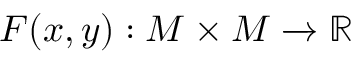
F ( x , y ) : M \times M \xrightarrow { } \mathbb { R }